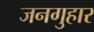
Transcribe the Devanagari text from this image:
जनगुहार